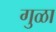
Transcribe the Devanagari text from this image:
गुळा